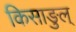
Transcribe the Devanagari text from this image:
किसाङुल्